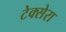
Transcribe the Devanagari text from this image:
टेक्सेरा